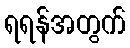
ရရန်အတွက်